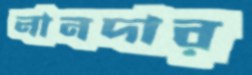
নানদার